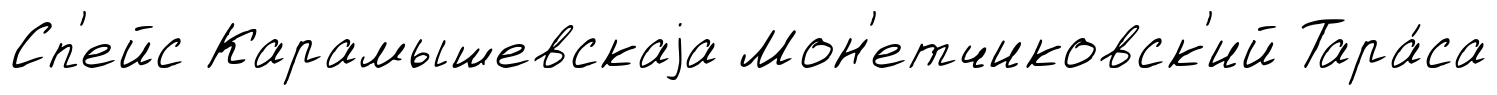
Сп'ейс Карамышевскаjа Мон'етчиковск'ий Тара́са